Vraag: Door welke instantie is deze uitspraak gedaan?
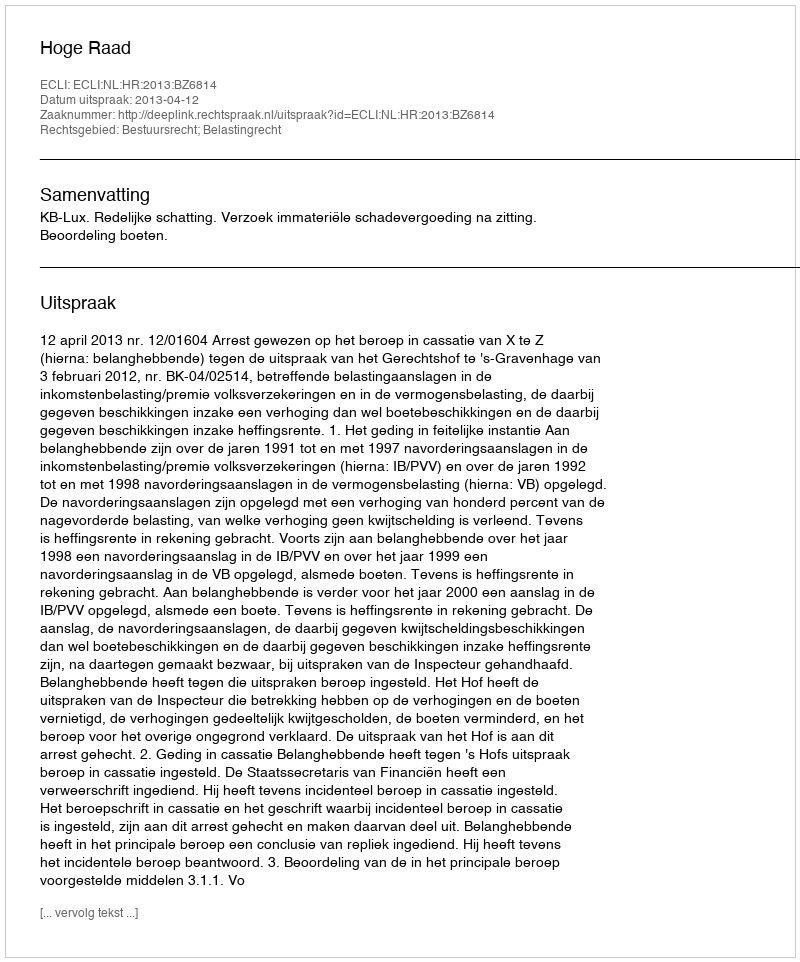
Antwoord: Hoge Raad